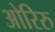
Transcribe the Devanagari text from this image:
ओरिरु